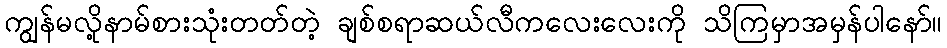
ကျွန်မလို့နာမ်စားသုံးတတ်တဲ့ ချစ်စရာဆယ်လီကလေးလေးကို သိကြမှာအမှန်ပါနော်။